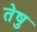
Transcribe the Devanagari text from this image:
तेषु